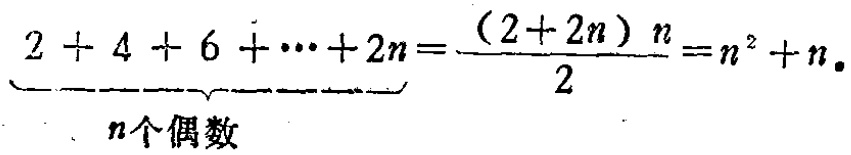
\(\underbrace{2 + 4 + 6 + \cdots + 2n}_{n个偶数}=\frac{(2 + 2n)n}{2}=n^{2}+n\)